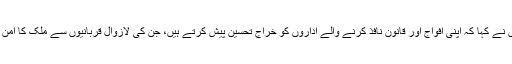
انہوں نے کہا کہ اپنی افواج اور قانون نافذ کرنے والے اداروں کو خراج تحسین پیش کرتے ہیں، جن کی لازوال قربانیوں سے ملک کا امن لوٹا۔